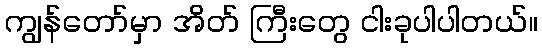
ကျွန်တော်မှာ အိတ် ကြီးတွေ ငါးခုပါပါတယ်။